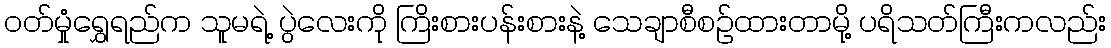
ဝတ်မှုံရွှေရည်က သူမရဲ့ ပွဲလေးကို ကြိးစားပန်းစားနဲ့ သေချာစီစဉ်ထားတာမို့ ပရိသတ်ကြီးကလည်း